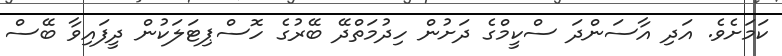
ކަމަށެވެ. އަދި އާސަންދަ ސްކީމްގެ ދަށުން ހިދުމަތްދޭ ބޭރުގެ ހޮސްޕިޓަލަކުން ދީފައިވާ ބޭސް